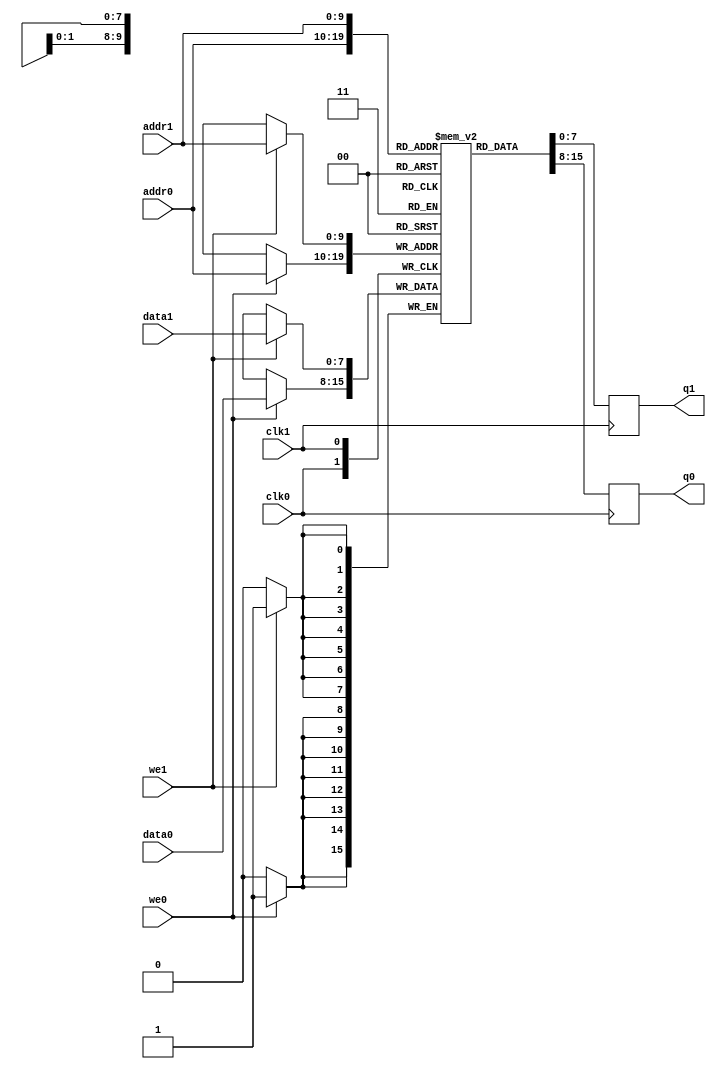
/*  This file is part of JTFRAME.
    JTFRAME program is free software: you can redistribute it and/or modify
    it under the terms of the GNU General Public License as published by
    the Free Software Foundation, either version 3 of the License, or
    (at your option) any later version.

    JTFRAME program is distributed in the hope that it will be useful,
    but WITHOUT ANY WARRANTY; without even the implied warranty of
    MERCHANTABILITY or FITNESS FOR A PARTICULAR PURPOSE.  See the
    GNU General Public License for more details.

    You should have received a copy of the GNU General Public License
    along with JTFRAME.  If not, see <http://www.gnu.org/licenses/>.

    Author: Jose Tejada Gomez. Twitter: @topapate
    Version: 1.0
    Date: 27-10-2017 */

// Generic dual port RAM with clock enable
// parameters:
//      dw      => Data bit width, 8 for byte-based memories
//      aw      => Address bit width, 10 for 1kB
//      simfile => binary file to load during simulation
//      simhexfile => hexadecimal file to load during simulation
//      synfile => hexadecimal file to load for synthesis
//      cen_rd  => Use clock enable for reading too, by default it is used
//                 only for writting.

`timescale 1ns/1ps

module jtframe_dual_ram #(parameter dw=8, aw=10, 
    simfile="", simhexfile="", synfile="", dumpfile="dump.hex",
    cen_rd=0
)(
    input   clk0,
    input   clk1,
    // Port 0
    input   [dw-1:0] data0,
    input   [aw-1:0] addr0,
    input   we0,
    output reg [dw-1:0] q0,
    // Port 1
    input   [dw-1:0] data1,
    input   [aw-1:0] addr1,
    input   we1,
    output reg [dw-1:0] q1
    `ifdef JTFRAME_DUAL_RAM_DUMP
    ,input dump
    `endif
);

(* ramstyle = "no_rw_check" *) reg [dw-1:0] mem[0:(2**aw)-1];

`ifdef SIMULATION
integer f, readcnt;
initial begin
    for( readcnt=0; readcnt<(2**aw); readcnt=readcnt+1 ) begin
        mem[readcnt] <= {aw{1'b0}};
    end
    if( simfile != "" ) begin
        f=$fopen(simfile,"rb");
        if( f != 0 ) begin
            readcnt=$fread( mem, f );
            $display("INFO: Read %s (%d bytes) for %m",simfile, readcnt);
            $fclose(f);
        end else begin
            $display("WARNING: %m cannot open file: %s", simfile);
        end
        end
    else begin
        if( simhexfile != "" ) begin
            $readmemh(simhexfile,mem);
            $display("INFO: Read %s (hex) for %m", simhexfile);
        end else begin
            if( synfile!= "" ) begin
                $readmemh(synfile,mem);
                $display("INFO: Read %s (hex) for %m", synfile);
            end else
                for( readcnt=0; readcnt<(2**aw)-1; readcnt=readcnt+1 )
                    mem[readcnt] = {dw{1'b0}};
        end
    end
end
`else
// file for synthesis:
/* verilator lint_off WIDTH */
initial if(synfile!="" )$readmemh(synfile,mem);
/* verilator lint_on WIDTH */
`endif

always @(posedge clk0) begin
    q0 <= mem[addr0];
    if(we0) mem[addr0] <= data0;
end

always @(posedge clk1) begin
    q1 <= mem[addr1];
    if(we1) mem[addr1] <= data1;
end

// Content dump for simulation debugging
`ifdef JTFRAME_DUAL_RAM_DUMP
integer fdump=0, dumpcnt;

always @(posedge dump) begin
    $display("INFO: contents dumped to %s", dumpfile );
    if( fdump==0 )begin
        fdump=$fopen(dumpfile,"w");
    end
    for( dumpcnt=0; dumpcnt<2**aw; dumpcnt=dumpcnt+1 )
        $fdisplay(fdump,"%X", mem[dumpcnt]);
end
`endif

endmodule